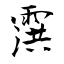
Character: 霟